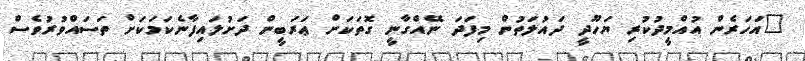
"އަހަރެން އުއްމީދުކުރި ޔަހޫދީ ދައުލަތުން މިފަދަ ނޭއްގާނީ ގޮތަކަށް ޢަރަބީން ދަށުލައިފާނެކަމަކަށް ތަސައްވުރުވެސް